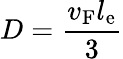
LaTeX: D=\frac{v_{\mathrm{F}}l_{\mathrm{e}}}{3}